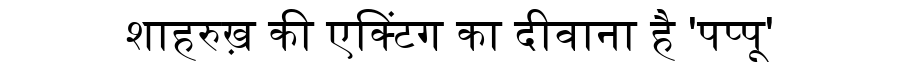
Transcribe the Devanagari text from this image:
शाहरुख़ की एक्टिंग का दीवाना है 'पप्पू'